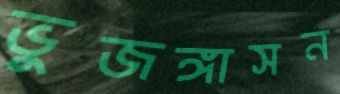
ভুজঙ্গাসন